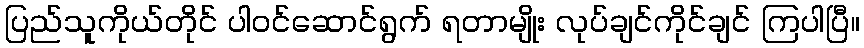
ပြည်သူကိုယ်တိုင် ပါဝင်ဆောင်ရွက် ရတာမျိုး လုပ်ချင်ကိုင်ချင် ကြပါပြီ။